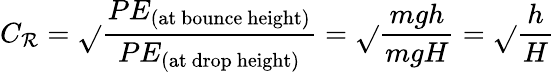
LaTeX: C_{\mathcal{R}}={\sqrt{}{{\frac{{PE_{\mathrm{{(at~bounce~height)}}}}}{{PE_{\mathrm{{(at~drop~height)}}}}}}}}={\sqrt{}{{\frac{{mgh}}{{mgH}}}}}={\sqrt{}{{\frac{{h}}{{H}}}}}